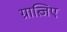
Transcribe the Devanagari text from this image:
ग्रात्जिए